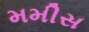
મમીસ